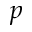
p